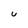
Character: U